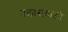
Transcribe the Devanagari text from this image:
पलासबाड़ी